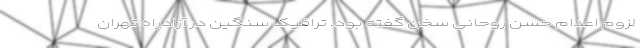
لزوم اعدام حسن روحانی سخن گفته بود. ترافیک سنگین در آزادراه تهران